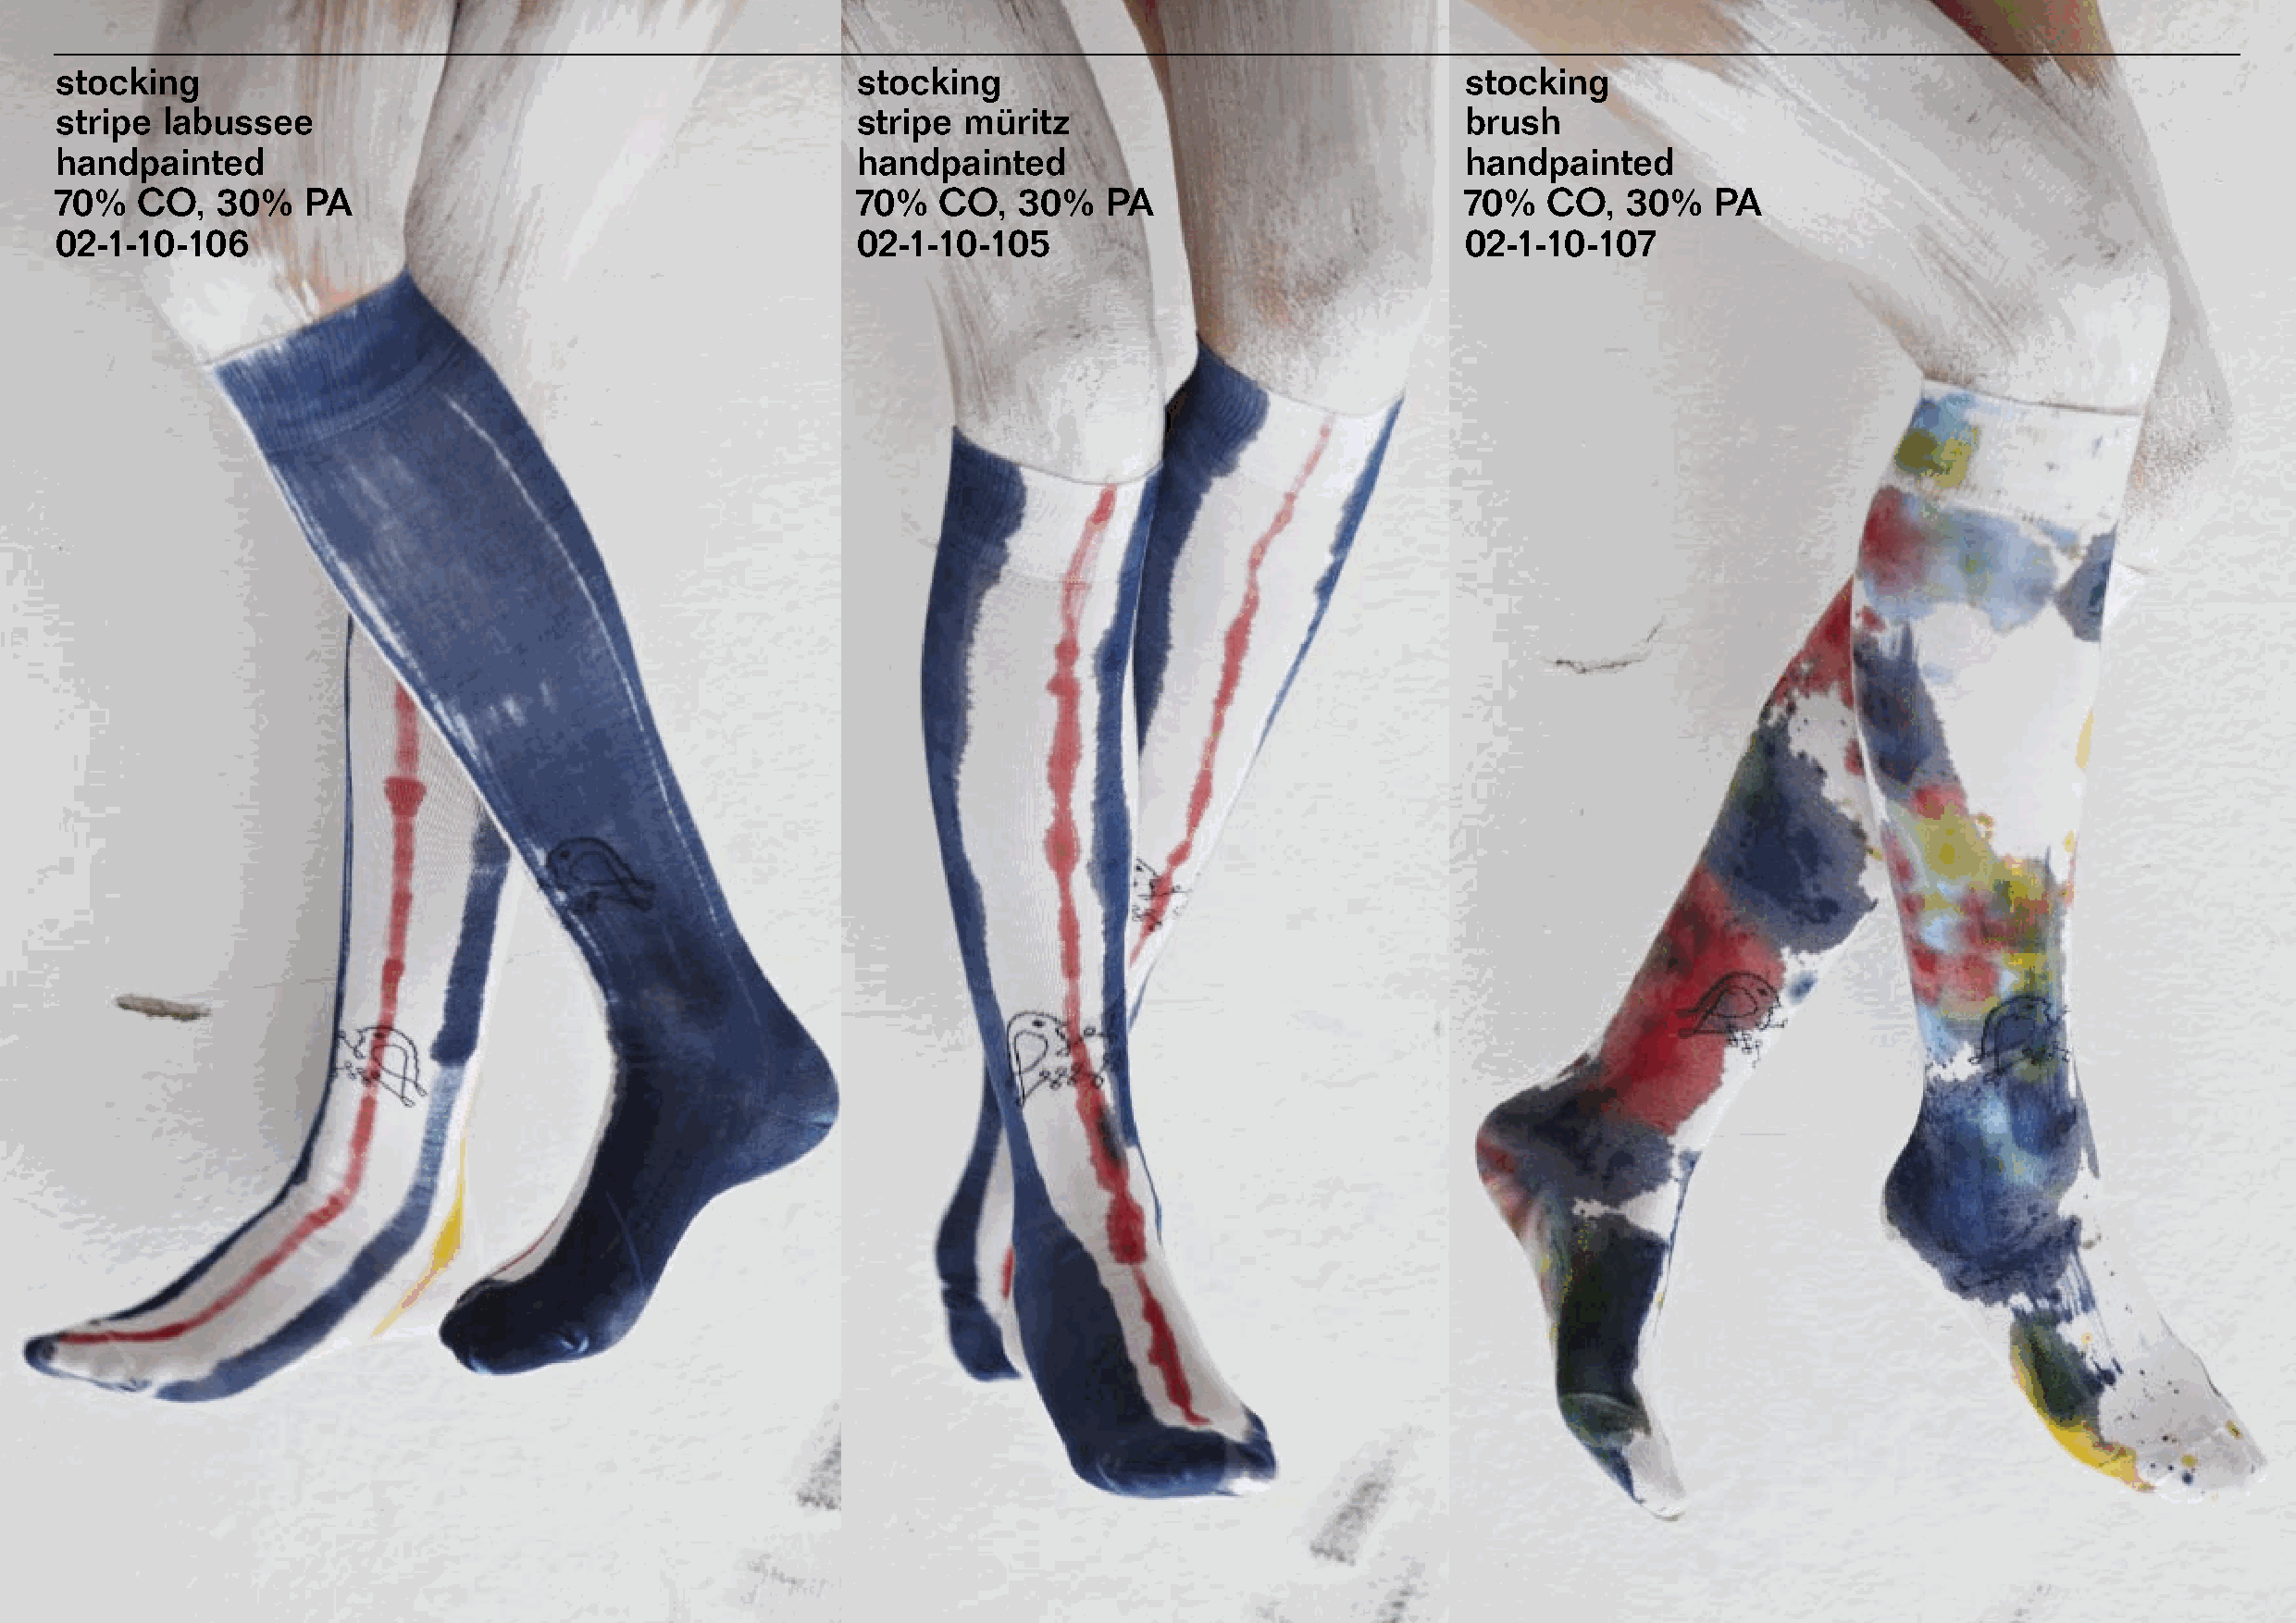
stocking                                                 stocking                                    stocking
 stripe  labussee                                         stripe  müritz                              brush
 handpainted                                              handpainted                                 handpainted
 70%   CO,   30%   Pa                                     70%   CO,   30%   Pa                        70%   CO,  30%    Pa
 02-1-10-106                                              02-1-10-105                                 02-1-10-107